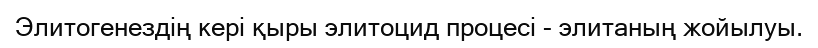
Элитогенездің кері қыры элитоцид процесі - элитаның жойылуы.